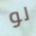
لو